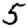
Digit: 5